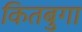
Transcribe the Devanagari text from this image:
कितबुगा